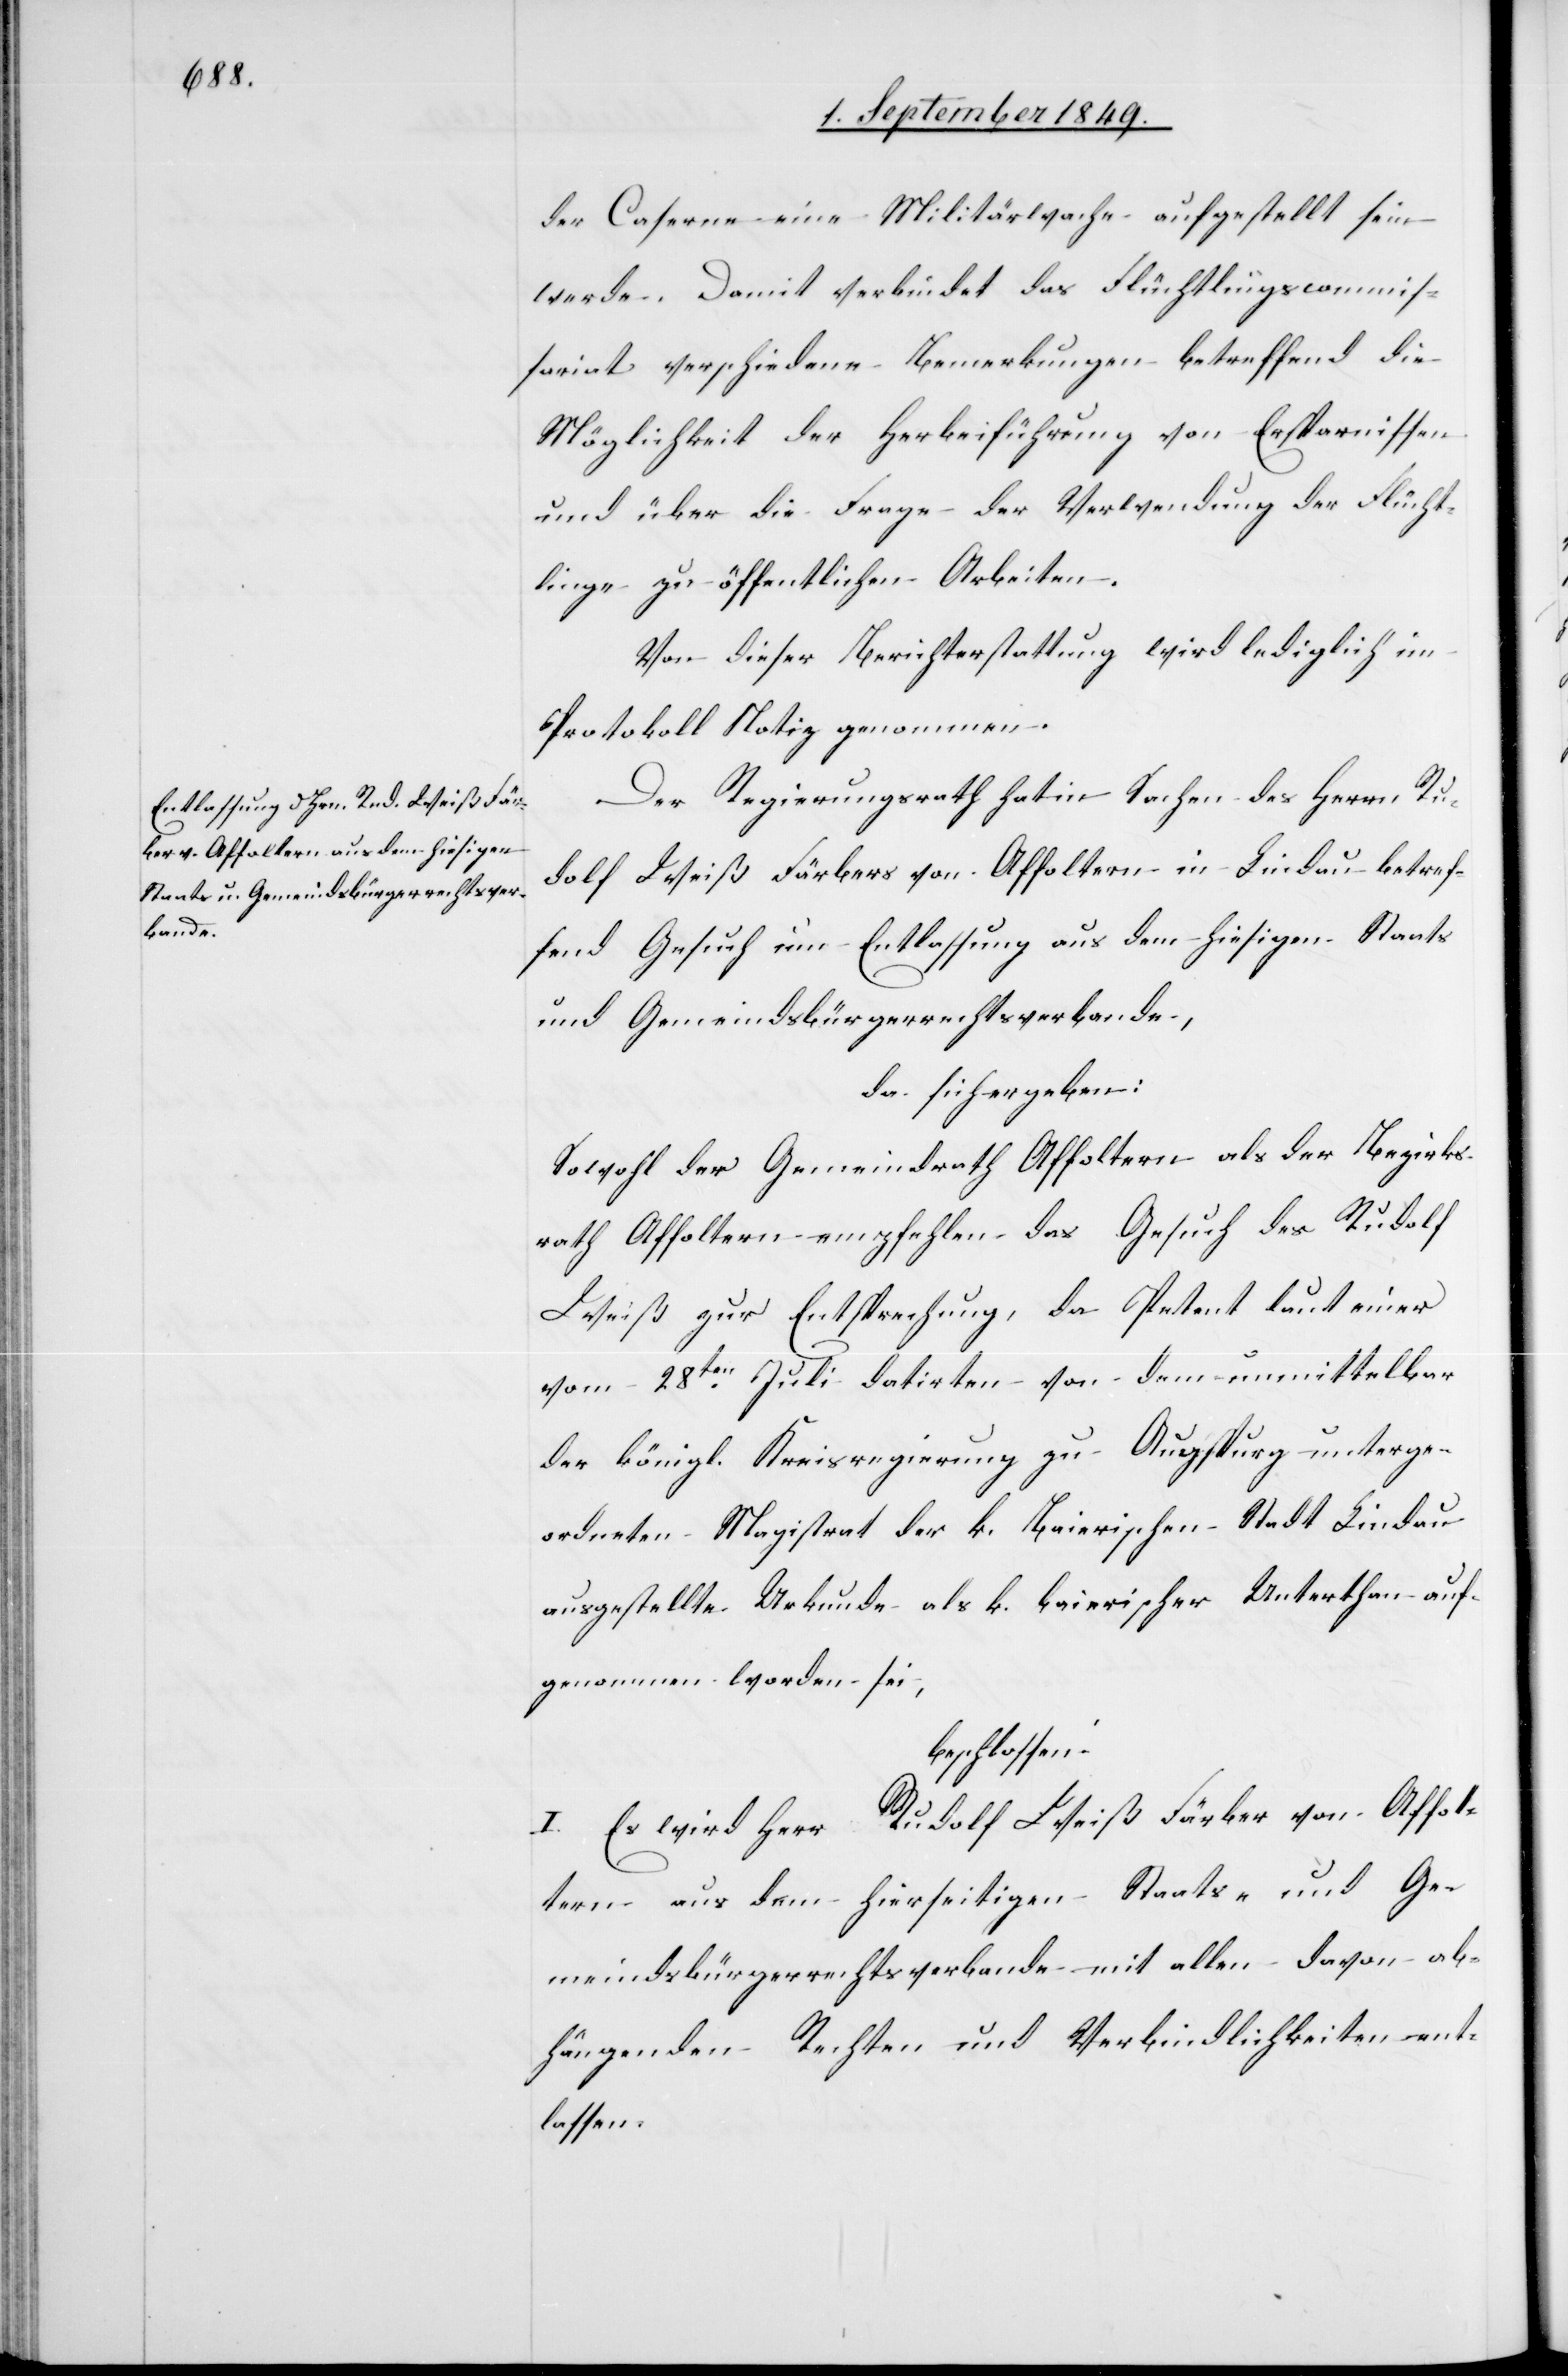
der Caserne eine Militärwache aufgestellt sein
werde. Damit verbindet das Flüchtlingscommis¬
sariat verschiedene Bemerkungen betreffend die
Möglichkeit der Herbeiführung von Ersparnissen
und über die Frage der Verwendung der Flücht¬
linge zu öffentlichen Arbeiten.
Von dieser Berichterstattung wird lediglich im
Protokoll Notiz genommen.
Der Regierungsrath hat in Sachen des Herrn Ru¬
dolf Weiß Färbers von Affoltern in Lindau betref¬
fend Gesuch um Entlassung aus dem hiesigen Staats
und Gemeindsbürgerrechtsverbande,
da sich ergeben:
Sowohl der Gemeindrath Affoltern als der Bezirks¬
rath Affoltern empfehlen das Gesuch des Rudolf
Weiß zur Entsprechung, da Petent laut einer
vom 28ten Juli datirten von dem unmittelbar
der königl. Kreisregierung zu Augspurg unterge¬
ordneten Magistrat der k. Baierischen Stadt Lindau
ausgestellte Urkunde als k. baierischer Unterthan auf¬
genommen worden sei,
beschlossen:
I. Es wird Herr Rudolf Weiß Färber von Affol¬
tern aus dem hierseitigen Staats- und Ge¬
meindsbürgerrechtsverbande mit allen davon ab¬
hängenden Rechten und Verbindlichkeiten ent¬
lassen.